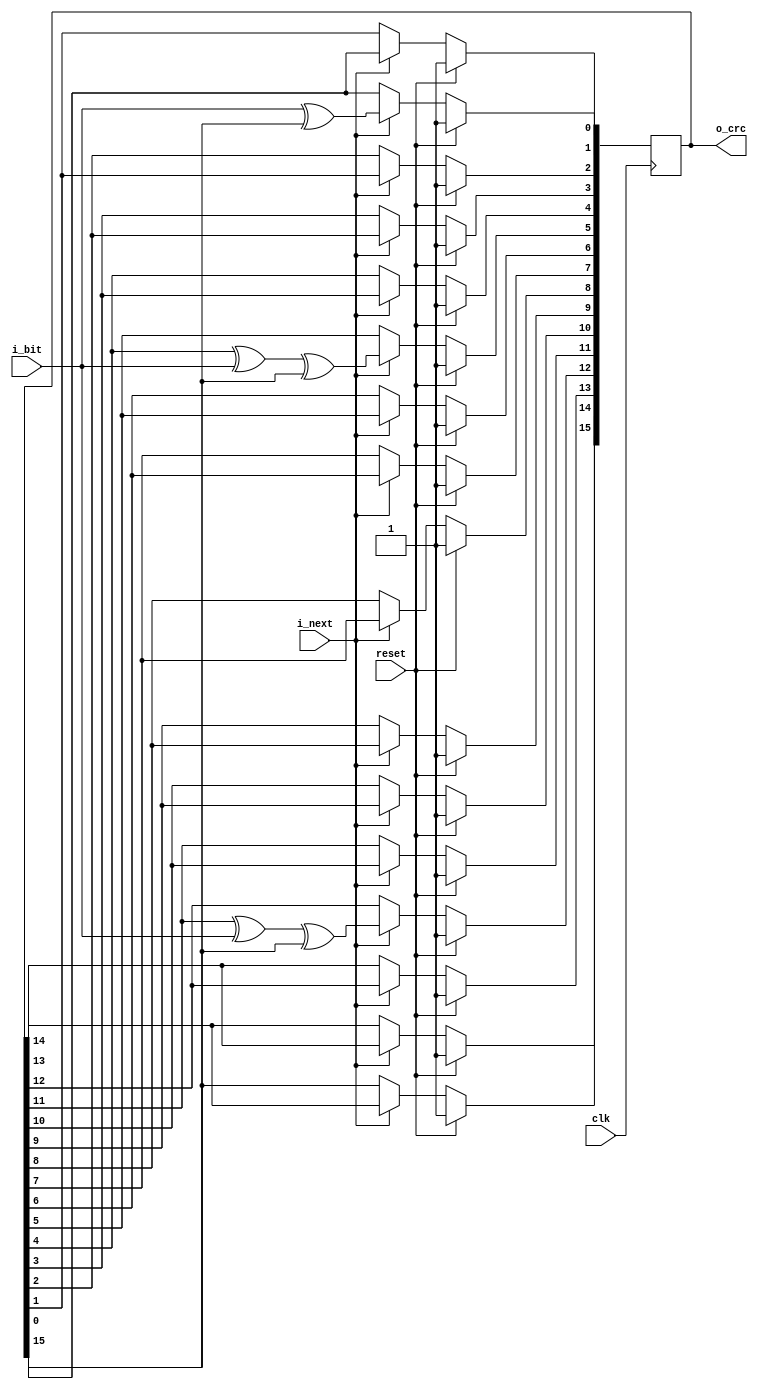
module crc16_ccitt (clk, reset, i_next, i_bit, o_crc);
    input clk;
    input reset;
    input i_next;
    input i_bit;

    output [15:0] o_crc;

    reg   [15:0] r_lfsr = 16'hFFFF;

    assign o_crc = r_lfsr;

    always @ (posedge clk) begin
        if (reset) begin
          r_lfsr <= 16'hFFFF;
        end 
        else begin
            if (i_next) begin 
                r_lfsr[0]  <= i_bit ^ r_lfsr[15];
                r_lfsr[1]  <= r_lfsr[0];
                r_lfsr[2]  <= r_lfsr[1];
                r_lfsr[3]  <= r_lfsr[2];
                r_lfsr[4]  <= r_lfsr[3];
                r_lfsr[5]  <= r_lfsr[4] ^ i_bit ^ r_lfsr[15];
                r_lfsr[6]  <= r_lfsr[5];
                r_lfsr[7]  <= r_lfsr[6];
                r_lfsr[8]  <= r_lfsr[7];
                r_lfsr[9]  <= r_lfsr[8];
                r_lfsr[10] <= r_lfsr[9];
                r_lfsr[11] <= r_lfsr[10];
                r_lfsr[12] <= r_lfsr[11] ^ i_bit ^ r_lfsr[15];
                r_lfsr[13] <= r_lfsr[12];
                r_lfsr[14] <= r_lfsr[13];
                r_lfsr[15] <= r_lfsr[14];
            end
        end
    end

endmodule